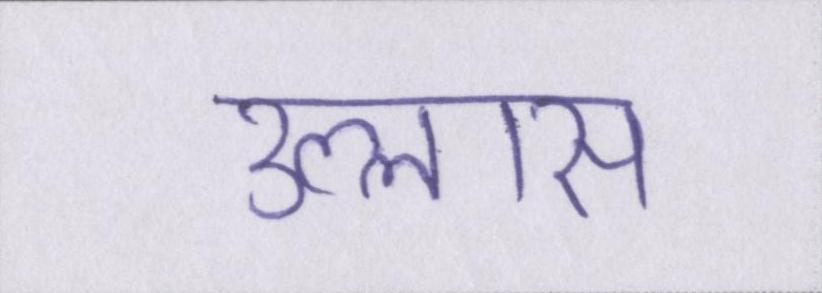
उल्लास